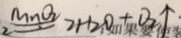
\xlongequal { M n O _ { 2 } } 2 H _ { 2 } O _ { + } O _ { 2 } \uparrow